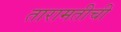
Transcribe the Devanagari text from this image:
तारामतीची